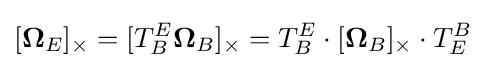
[{\boldsymbol {\Omega }}_{E}]_{\times }=[T_{B}^{E}{\boldsymbol {\Omega }}_{B}]_{\times }=T_{B}^{E}\cdot [{\boldsymbol {\Omega }}_{B}]_{\times }\cdot T_{E}^{B}